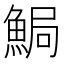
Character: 𩷐